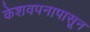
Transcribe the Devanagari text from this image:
केशवपनापासून